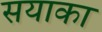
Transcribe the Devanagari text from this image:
सयाका